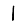
Digit: 1